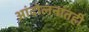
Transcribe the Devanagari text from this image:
आंदोलनांतही